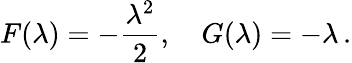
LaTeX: F(\lambda)=-\frac{\lambda^{2}}{2},\quad G(\lambda)=-\lambda\, .